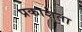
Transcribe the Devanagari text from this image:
प्रकाशता